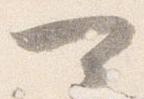
可